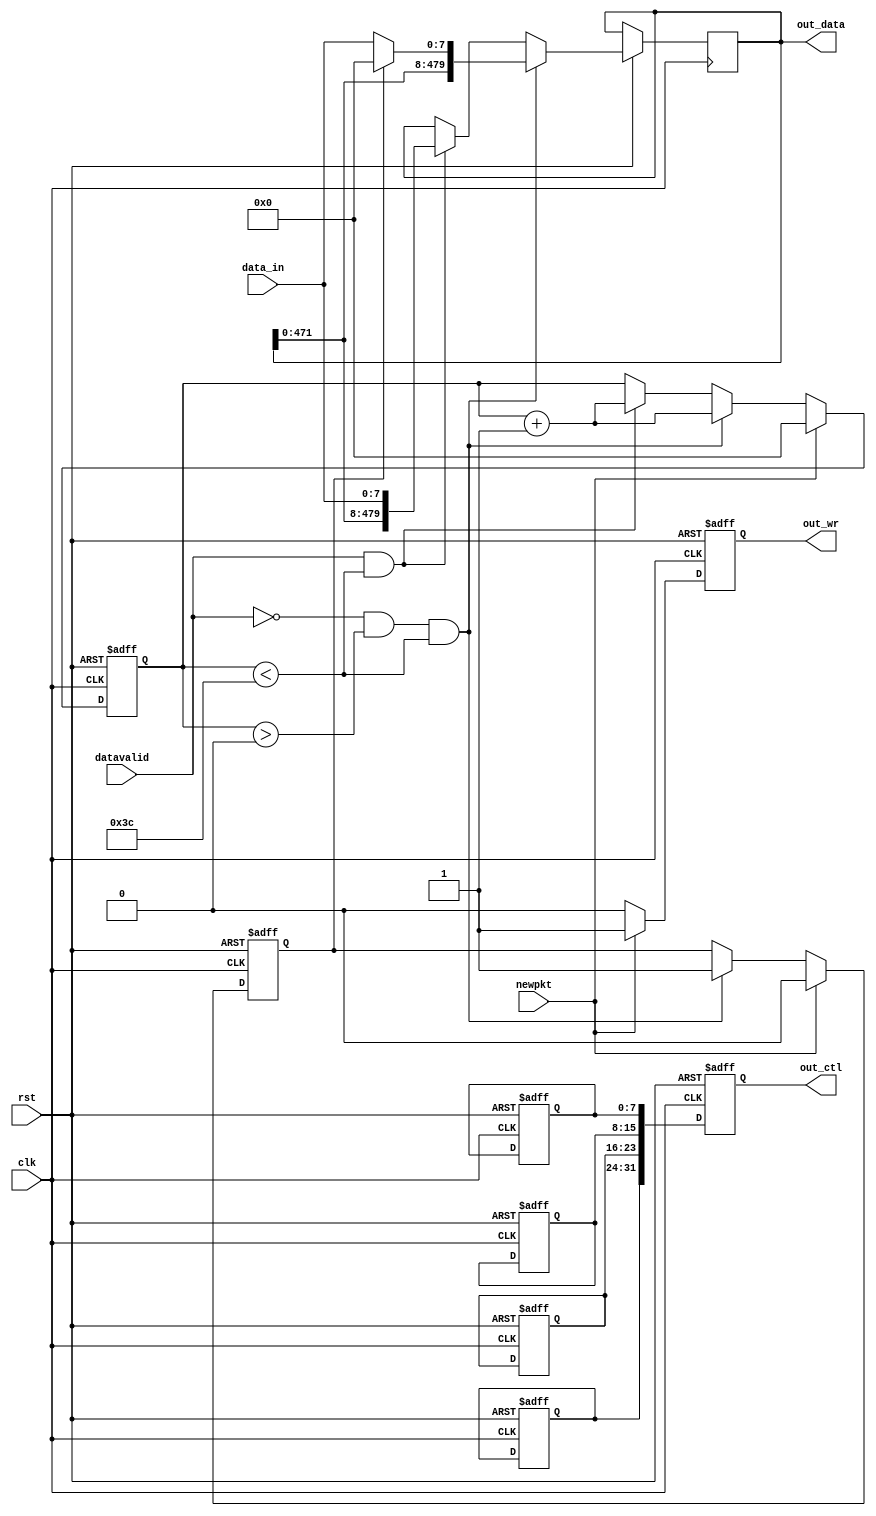
`timescale 1ns / 1ps
`define NULL 0

// Coder:	joe
// Description:
//	8bit480bit0
//  out_wr
//   
//
//  
//

module c8to512
	#(
		parameter DATA_WIDTH = 480,
		parameter CTRL_WIDTH=32,
		parameter STAGE_NUMBER = 2,
		parameter NUM_QUEUES = 8
	) (
		input clk,
		input rst,
		input [7:0] data_in,
		input datavalid,
		input newpkt,
		output reg out_wr=0,
		output reg [CTRL_WIDTH-1:0] out_ctl=0,
		output reg [DATA_WIDTH-1:0] out_data=0
	);
	reg [7:0] cur_byte;
	reg flag;
	reg [7:0] src_port;
	reg [7:0] dst_port;
	reg [7:0] pcie_port;
	reg [7:0] next_output;
	
	always @(posedge clk or negedge rst)
	begin
		if(!rst)begin
			src_port <= 0;
		    dst_port <= 0;
		    pcie_port <= 0;
		    next_output <= 0;
			out_wr <= 0;
			cur_byte <= 0;
			flag <= 0;
			out_ctl <= 0;//
			end
		else begin
			out_wr <= 0;
			out_ctl <= {src_port,dst_port,pcie_port,next_output};//
			if(datavalid && cur_byte < 60) begin
				out_data <= {out_data[DATA_WIDTH-1-8:0],data_in};
				cur_byte <= cur_byte + 1;
			end
			
			if(!datavalid && cur_byte>0 && cur_byte < 60)begin
				if(!flag)begin
					flag <= 1;
					out_data <= {out_data[DATA_WIDTH-1-8:0],data_in};
					cur_byte <= cur_byte + 1;
				end else begin
					out_data <= {out_data[DATA_WIDTH-1-8:0],8'b0};
					cur_byte <= cur_byte + 1;
				end
				
				
			end
			
			if(newpkt)begin
				out_wr <= 1;
				cur_byte <= 0;
				flag <= 0;
			end
		end	
	end
	
	
	
	
	
	
	
	
	
	
	
	
endmodule